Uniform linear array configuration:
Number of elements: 48
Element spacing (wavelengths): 0.75
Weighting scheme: hamming
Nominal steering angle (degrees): -60
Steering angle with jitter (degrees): -60.307
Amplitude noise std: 0.05
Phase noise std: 0.05

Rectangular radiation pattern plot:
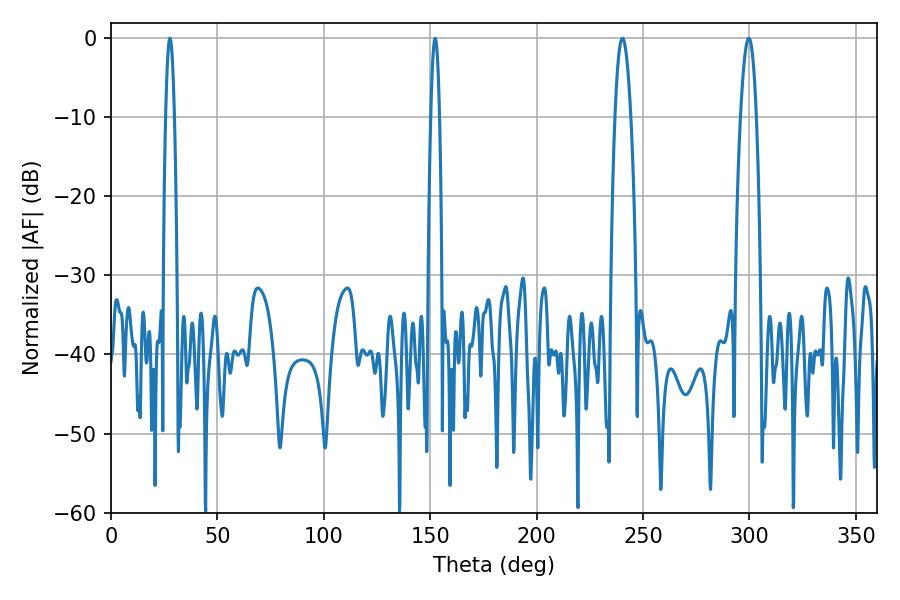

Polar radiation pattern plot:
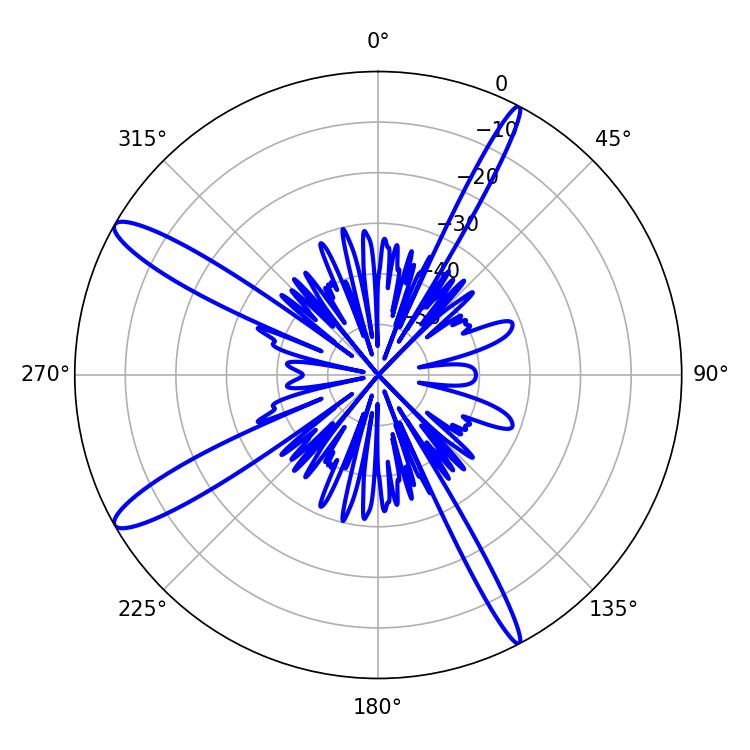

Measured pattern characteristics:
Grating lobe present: TRUE
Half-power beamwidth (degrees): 4.14
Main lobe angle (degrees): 299.7